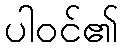
ပါဝင်၏